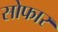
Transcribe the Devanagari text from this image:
सोफार